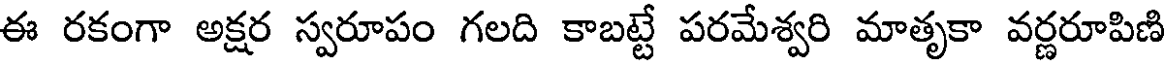
ఈ రకంగా అక్షర స్వరూపం గలది కాబట్టే పరమేశ్వరి మాతృకా వర్ణరూపిణి